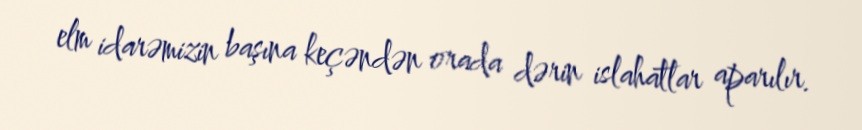
elm idarəmizin başına keçəndən orada dərin islahatlar aparılır.